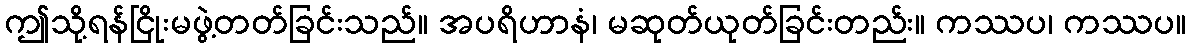
ဤသို့ရန်ငြိုးမဖွဲ့တတ်ခြင်းသည်။ အပရိဟာနံ၊ မဆုတ်ယုတ်ခြင်းတည်း။ ကဿပ၊ ကဿပ။